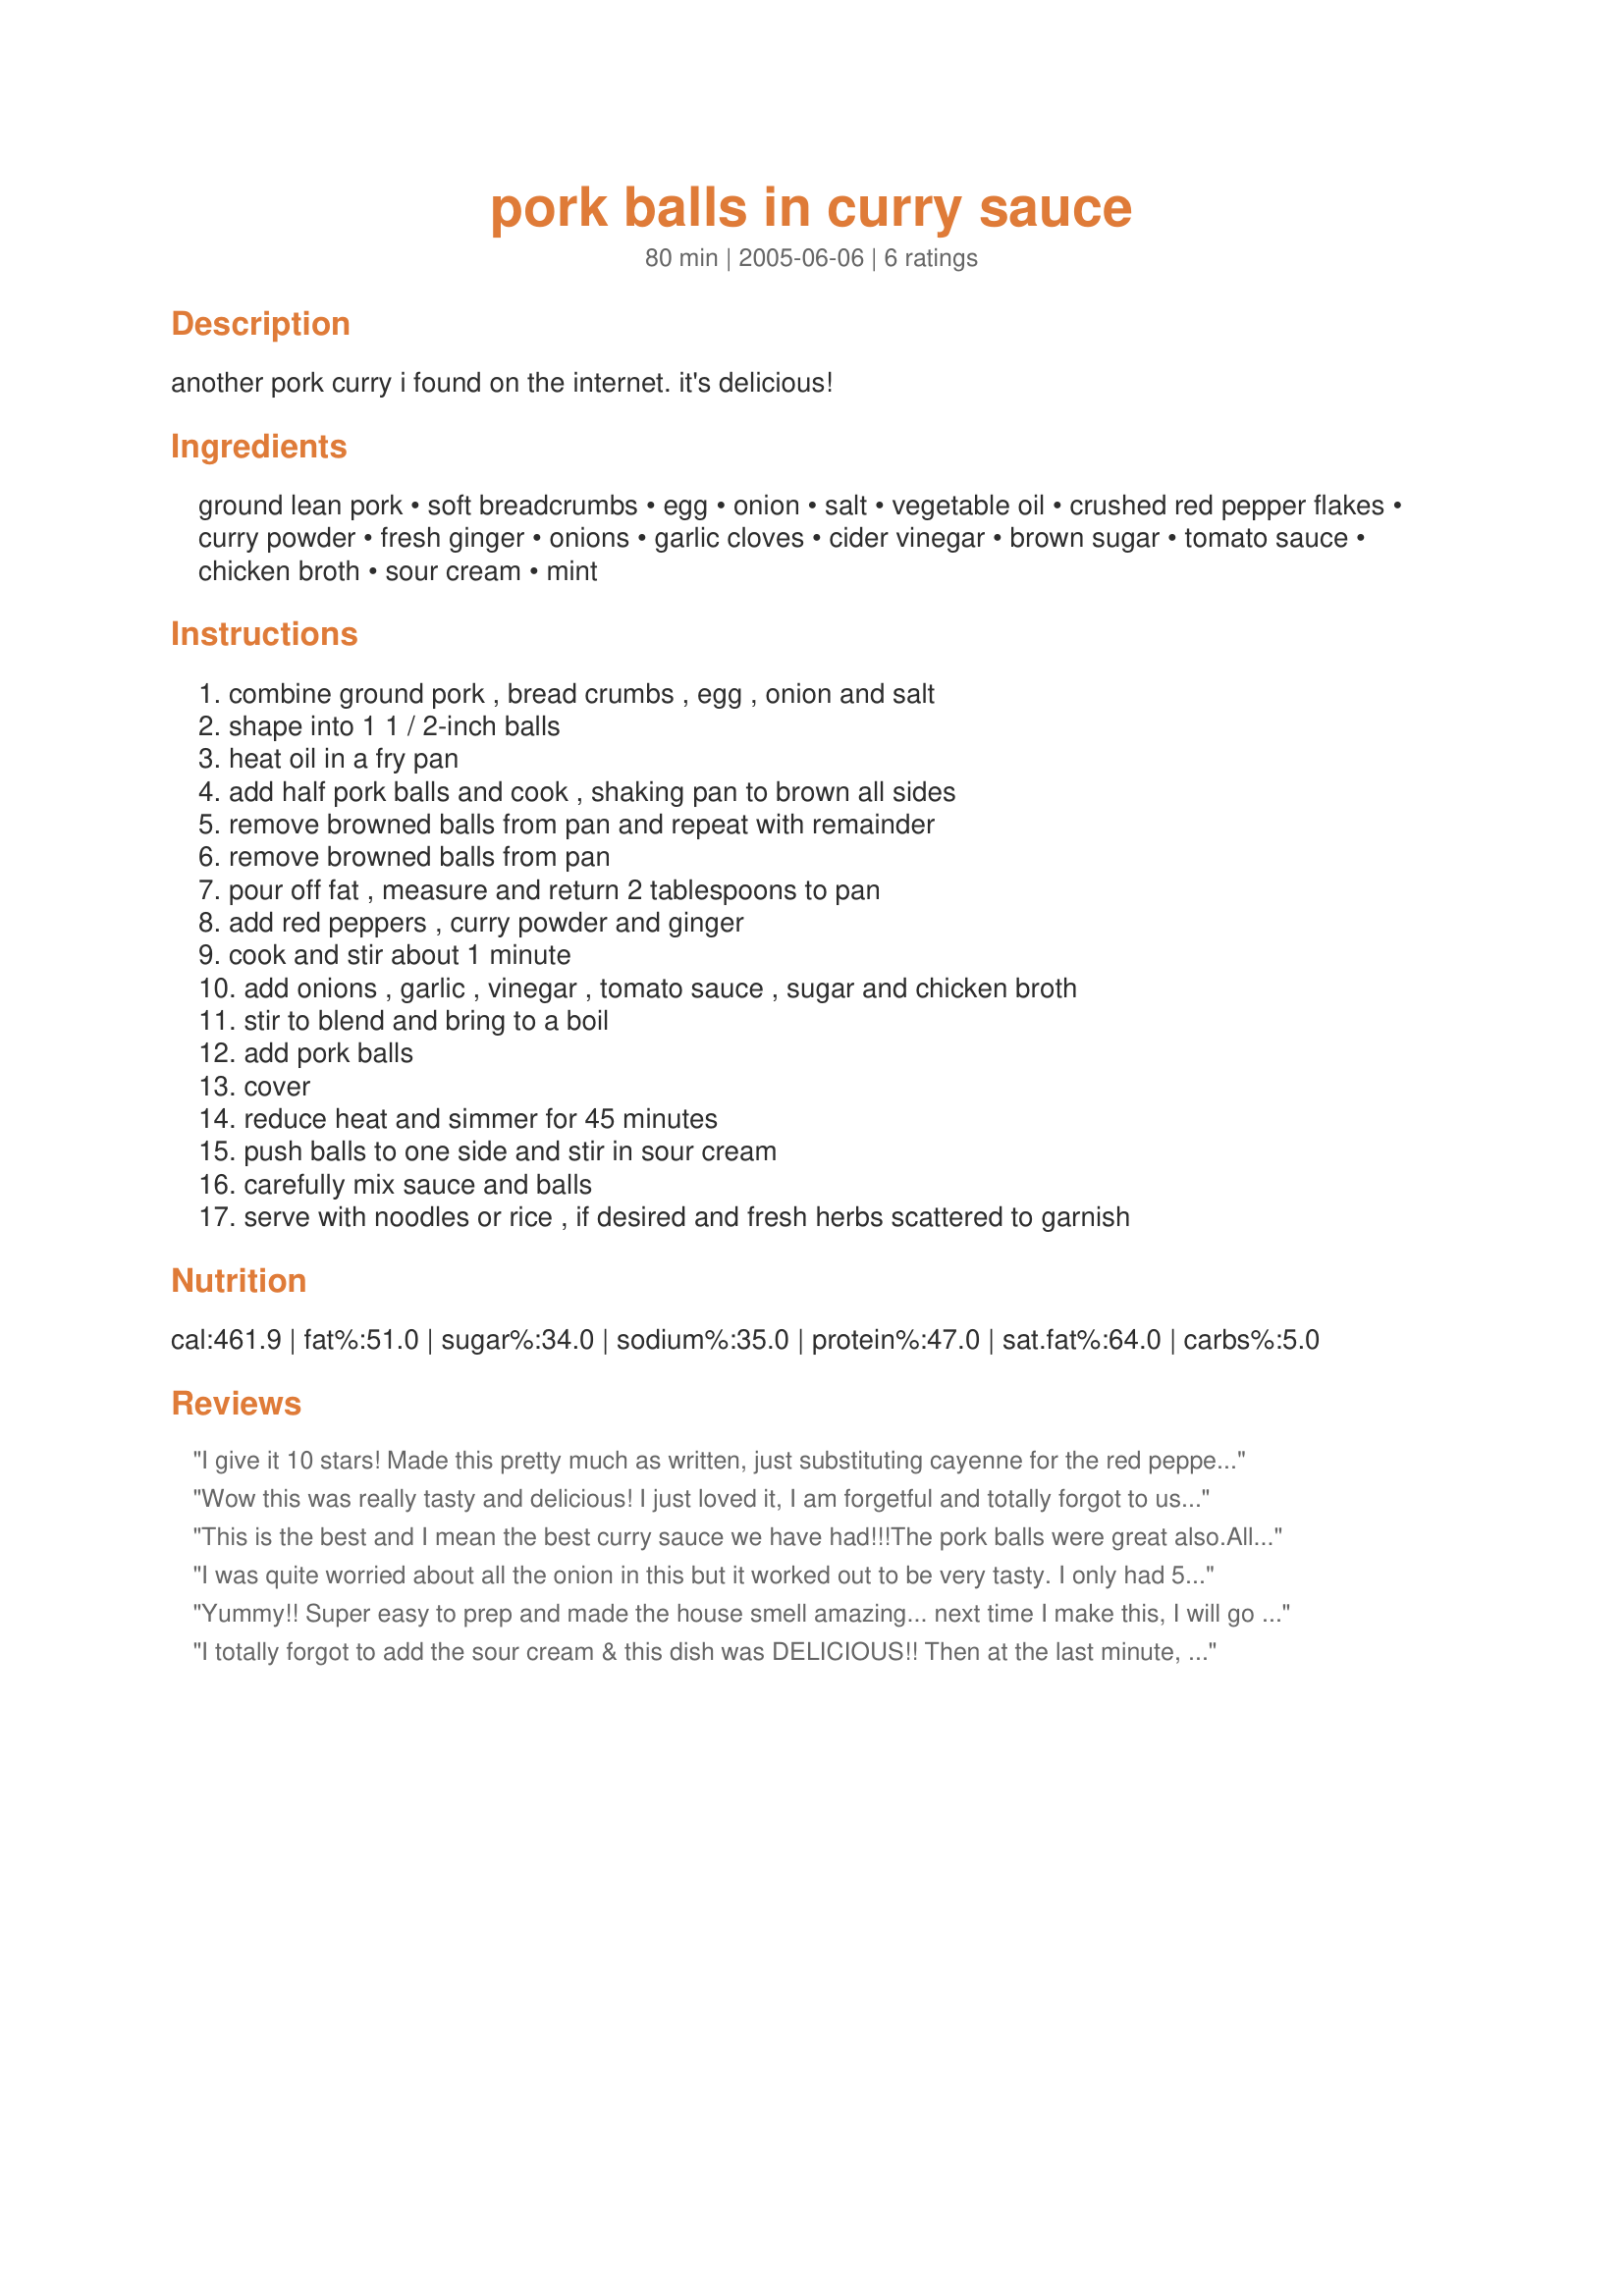
pork balls in curry sauce
Preparation time: 80 minutes

another pork curry i found on the internet. it's delicious!

Ingredients:
ground lean pork, soft breadcrumbs, egg, onion, salt, vegetable oil, crushed red pepper flakes, curry powder, fresh ginger, onions, garlic cloves, cider vinegar, brown sugar, tomato sauce, chicken broth, sour cream, mint

Steps:
combine ground pork , bread crumbs , egg , onion and salt, shape into 1 1 / 2-inch balls, heat oil in a fry pan, add half pork balls and cook , shaking pan to brown all sides, remove browned balls from pan and repeat with remainder, remove browned balls from pan, pour off fat , measure and return 2 tablespoons to pan, add red peppers , curry powder and ginger, cook and stir about 1 minute, add onions , garlic , vinegar , tomato sauce , sugar and chicken broth, stir to blend and bring to a boil, add pork balls, cover, reduce heat and simmer for 45 minutes, push balls to one side and stir in sour cream, carefully mix sauce and balls, serve with noodles or rice , if desired and fresh herbs scattered to garnish

Reviews:
I give it 10 stars! Made this pretty much as written, just substituting cayenne for the red pepper flakes as my DH seems to have an allergy to those. WE TOTALLY ADORED IT!! So much so we have now cooked this 6 times in 4 weeks. Wonderful to make double and freeze the rest. This dish deserves much higher rating!! Thanks so much for sharing!
Wow this was really tasty and delicious! I just loved it, I am forgetful and totally forgot to use the sour cream at the end until after I had served it up but it even tasted great without it, but I will try it with it next time (memory permitting..lol)
A lovely wintery recipe!
This is the best and I mean the best curry sauce we have had!!!The pork balls were great also.All nite I kept thinking I wish there was more as I only made half,1lb of pork,small can of tomato sauce and I didn't use sour cream.My dh loved and said please make again soon.Thanks Linda.
I was quite worried about all the onion in this but it worked out to be very tasty. I only had 500grams of pork mince so cut back to 1/4 cup onion and 1/4 cup of breadcrumb to make the meatballs. I also only used 1 teaspoon of red pepper flakes but keep all the other curry ingredients the same. Really lovely sprinkled with about 1 tablespoon each of coriander and mint. The mint flavour complimented this beautifully.
Yummy!! Super easy to prep and made the house smell amazing... next time I make this, I will go easy on the red pepper flake. I will definitely keep this recipe around for those impromptu curry cravings!!
I totally forgot to add the sour cream & this dish was DELICIOUS!! Then at the last minute, I did add the sour cream... even better! Spicy & wonderful! Absolutely loved it & will be making this for our holiday open house this year.
